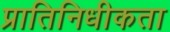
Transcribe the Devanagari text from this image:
प्रातिनिधीकता